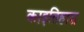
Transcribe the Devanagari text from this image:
काइतिहास